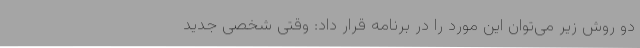
دو روش زیر می‌توان این مورد را در برنامه قرار داد: وقتی شخصی جدید